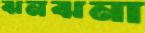
ঝনঝনা